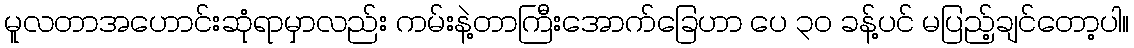
မူလတာအဟောင်းဆုံရာမှာလည်း ကမ်းနဲ့တာကြီးအောက်ခြေဟာ ပေ ၃၀ ခန့်ပင် မပြည့်ချင်တော့ပါ။